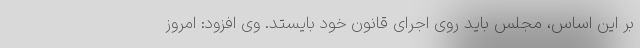
بر این اساس، مجلس باید روی اجرای قانون خود بایستد. وی افزود: امروز